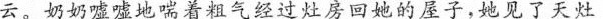
云。奶奶嘘嘘地喘着粗气经过灶房回她的屋子，她见了天灶